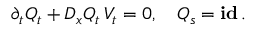
\partial _ { t } Q _ { t } + D _ { x } Q _ { t } \, V _ { t } = 0 , \quad Q _ { s } = \mathop { \bf i d } .